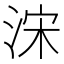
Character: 浨